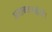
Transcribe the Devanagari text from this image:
अराकानक्षेत्री